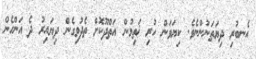
އެނބުރި ދިޔަތަނުންނެވެ. ކިޔަވަން ހުރި ޚަތިމުން އަތްދޫކޮށް ތެދުވިގެން ދިޔައިރު ދެ އަންހެން